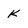
Character: K